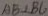
A B \bot B C